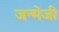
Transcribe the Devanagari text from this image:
जन्मेजी